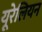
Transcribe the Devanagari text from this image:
यूरेलियन